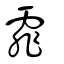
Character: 霏